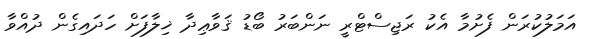
އަމަލުކުރަން ފެށުމާ އެކު ރަޖިސްޓްރީ ނަންބަރު ބޯޑު ޤަވާޢިދާ ޚިލާފަށް ހަދައިގެން ދުއްވާ